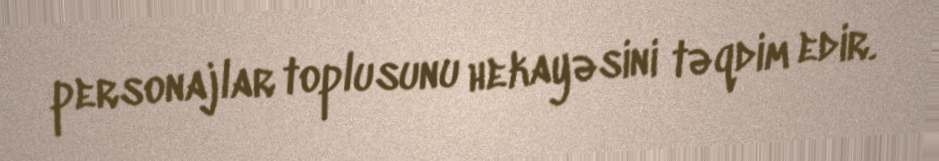
personajlar toplusunu hekayəsini təqdim edir.